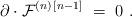
LaTeX: \begin{align*}\partial \cdot {\cal F}^{(n)\, [n-1]} \ = \ 0 \ . \end{align*}